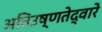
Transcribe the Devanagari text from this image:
अतिउष्णतेद्वारे